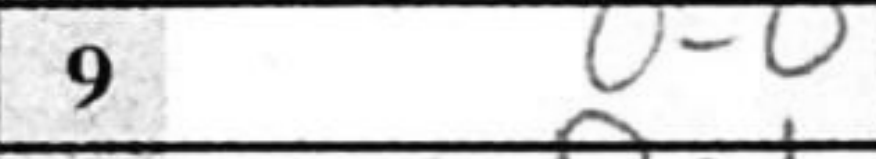
Transcription: O-O